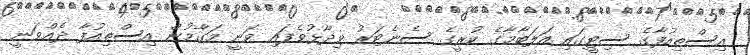
އިސްތިއުފާގެ ސިޓީގައި އަލަބާމާގެ ކުރީގެ ސެނެޓަރު ވިދާޅުވެފައި ވަނީ މަގާމުން އިސްތިއުފާ ދެއްވަނީ